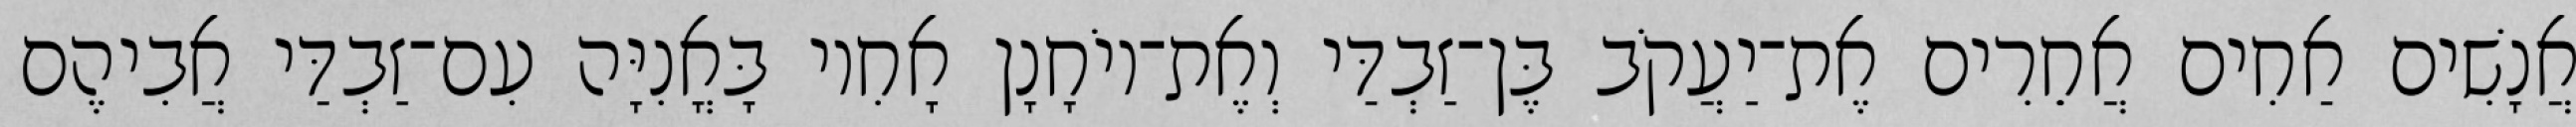
אֲנָשִׁים אַחִים אֲחֵרִים אֶת־יַעֲקֹב בֶּן־זַבְדַּי וְאֶת־יוֹחָנָן אָחִיו בָּאֳנִיָּה עִם־זַבְדַּי אֲבִיהֶם